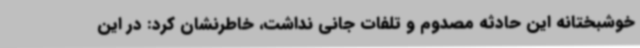
خوشبختانه این حادثه مصدوم و تلفات جانی نداشت، خاطرنشان کرد: در این